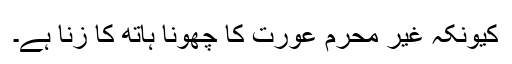
کیونکہ غیر محرم عورت کا چھونا ہاتھ کا زنا ہے۔